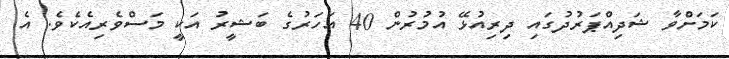
ކަމަށްވާ ޝަދިއްޕަރުދުގައި ދިރިއުޅޭ އުމުރުން 40 އަހަރުގެ ބަޝީރު އަކީ މަސްވެރިއެކެވެ. އެ